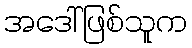
အဒေါ်ဖြစ်သူက